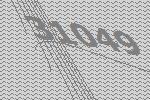
31049